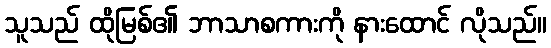
သူသည် ထိုမြစ်၏ ဘာသာစကားကို နားထောင် လိုသည်။